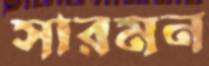
সারমন